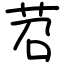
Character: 苕